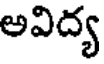
అవిద్య